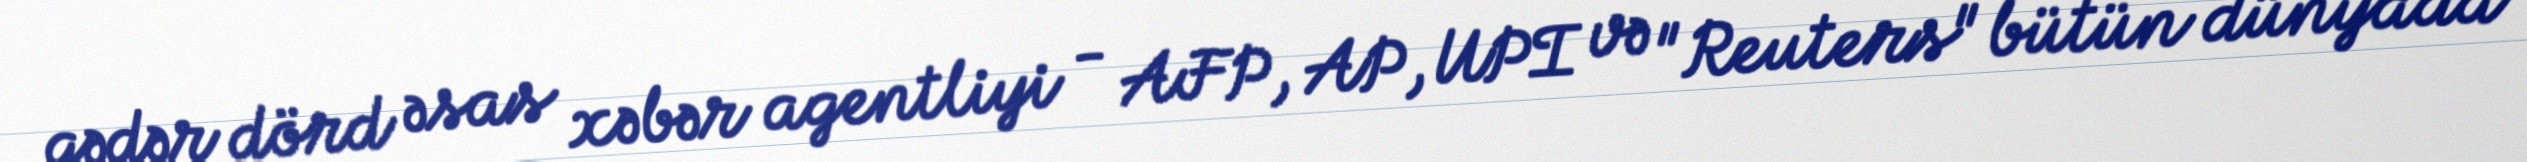
qədər dörd əsas xəbər agentliyi - AFP, AP, UPI və "Reuters" bütün dünyada